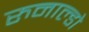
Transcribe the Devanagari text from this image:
रुनाल्डो